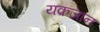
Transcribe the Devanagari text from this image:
यक़जान